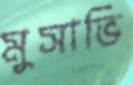
মুসাভি